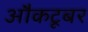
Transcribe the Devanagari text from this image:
औकटूबर